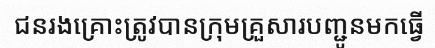
ជនរងគ្រោះត្រូវបានក្រុមគ្រួសារបញ្ជូនមកធ្វើ